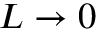
L \to 0